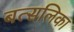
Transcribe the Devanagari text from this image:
बत्सलिका